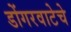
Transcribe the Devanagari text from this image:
डोंगरवाटेचे